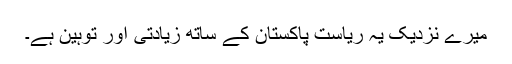
میرے نزدیک یہ ریاست پاکستان کے ساتھ زیادتی اور توہین ہے۔